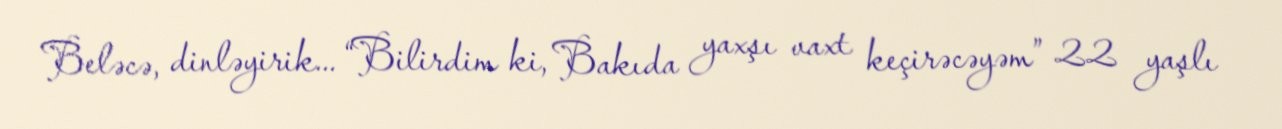
Beləcə, dinləyirik... “Bilirdim ki, Bakıda yaxşı vaxt keçirəcəyəm” 22 yaşlı